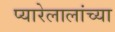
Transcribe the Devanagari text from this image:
प्यारेलालांच्या